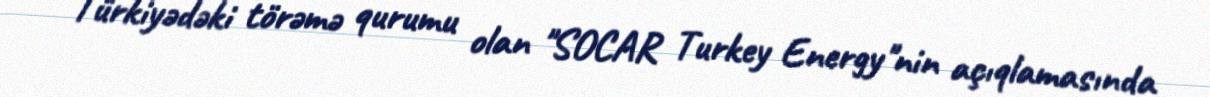
Türkiyədəki törəmə qurumu olan "SOCAR Turkey Energy"nin açıqlamasında